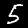
Label: 5